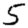
Digit: 5